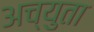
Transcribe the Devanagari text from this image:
अच्युता